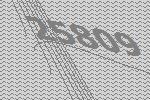
25809